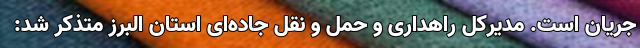
جریان است. مدیرکل راهداری و حمل و نقل جاده‌ای استان البرز متذکر شد: